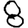
Digit: 8